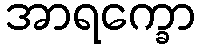
အာရက္ခော